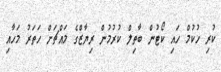
ކުރި ހުކުމް ހައި ކޯޓުން ބާތިލް ކުރުމުން ރިޔާޒްގެ މައްޗަށް ހަތަރު މަހާއި